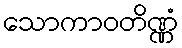
သောကာဝတိဏ္ဏံ